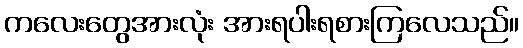
ကလေးတွေအားလုံး အားရပါးရစားကြလေသည်။